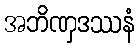
အဘိဏှဒဿနံ